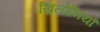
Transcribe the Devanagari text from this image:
खिलोनियाँ